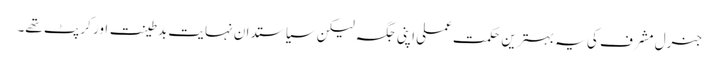
جنرل مشرف کی یہ بہترین حکمت عملی اپنی جگہ لیکن سیاستدان نہایت بدطینت اور کرپٹ تھے۔